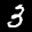
Label: 3